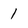
Character: 1